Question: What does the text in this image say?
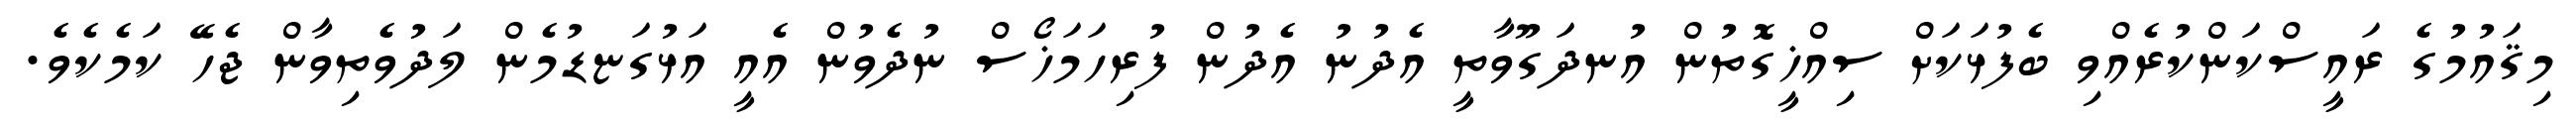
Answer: މިޤައުމުގެ ރައީސްކަންކުރެއްވި ބެފުޅަކަށް ސިއްޚީގޮތުން އުނދަގޫވާތީ އެދުނު އެދުން ފުރިހަމަޚޯސް ނުދެވުން އެއީ އަޅުގަޏޑުމެން ލަދުވެތިވާން ޖެހޭ ކަމެކެވެ.